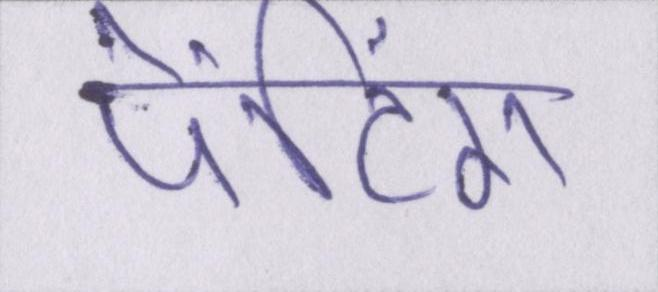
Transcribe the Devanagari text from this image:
पेंटिंग